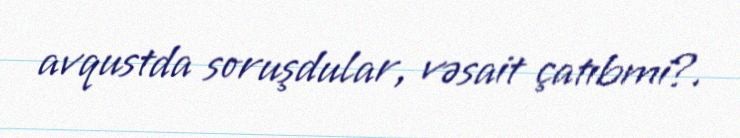
avqustda soruşdular, vəsait çatıbmi?.